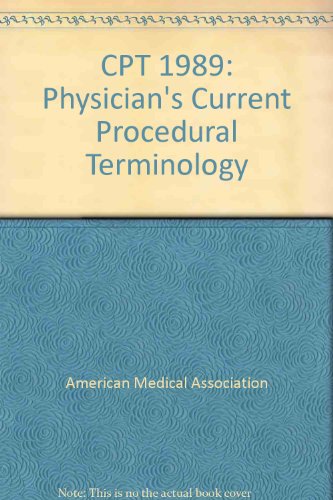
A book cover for CPT, 1989: Physician's Current Procedural Terminology; Medical Books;